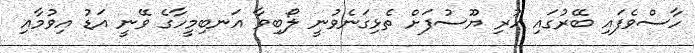
ހާސްވެފައި ބޭރުގައި ހުރި ޔޫސުފަށް ތެޅިގަނެވުނީ ލޯބިވާ އަނބިމީހާގެ ވޭނީ އަޑު އިވުމާއި